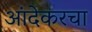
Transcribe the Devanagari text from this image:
आंदेकरचा